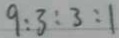
9 : 3 : 3 : 1